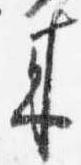
来